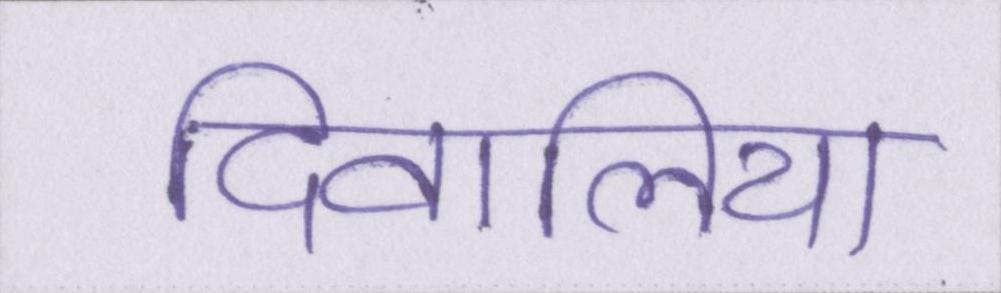
दिवालिया